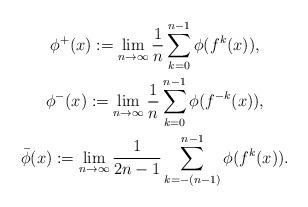
LaTeX: \begin{gather*}\phi^+(x) := \lim _{n \rightarrow \infty}\frac1n \sum^{n-1}_{k=0} \phi(f^k(x)), \\\phi^-(x) := \lim _{n \rightarrow \infty}\frac1n \sum^{n-1}_{k=0} \phi(f^{-k}(x)), \\\bar\phi(x) := \lim _{n \rightarrow \infty}\frac1{2n-1} \sum^{n-1}_{k=-(n-1)} \phi(f^k(x)). \end{gather*}